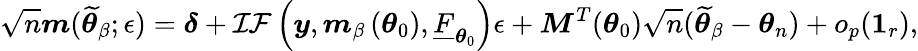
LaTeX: \sqrt{n}\boldsymbol{m}(\widetilde{\boldsymbol{\theta}}_{\beta};\epsilon)=\boldsymbol{\delta}+\mathcal{IF}\left(\boldsymbol{y},\boldsymbol{m}_{\beta}\left(\boldsymbol{\theta}_{0}\right),\underline{{F}}_{\boldsymbol{\theta}_{0}}\right)\epsilon+\boldsymbol{M}^{T}(\boldsymbol{\theta}_{0})\sqrt{n}(\widetilde{\boldsymbol{\theta}}_{\beta}-\boldsymbol{\theta}_{n})+o_{p}(\boldsymbol{1}_{r}),